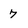
Character: 7